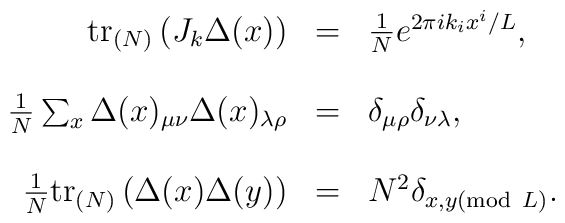
\begin{array}{r c l}\mathrm{tr}_{(N)}\left(J_k\Delta(x)\right) & = &\frac{1}{N}e^{2\pi i k_ix^i/L},\\\\\frac{1}{N}\sum_x\Delta(x)_{\mu\nu}\Delta(x)_{\lambda\rho} & = &\delta_{\mu\rho}\delta_{\nu\lambda},\\\\\frac{1}{N}\mathrm{tr}_{(N)}\left(\Delta(x)\Delta(y)\right) & = &N^2\delta_{x,y(\mathrm{mod} \ L)}.\end{array}